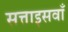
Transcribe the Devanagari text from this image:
सत्ताइसवाँ